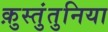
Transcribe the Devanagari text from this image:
क़ुस्तुंतुनिया